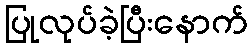
ပြုလုပ်ခဲ့ပြီးနောက်